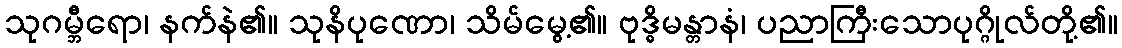
သုဂမ္ဘီရော၊ နက်နဲ၏။ သုနိပုဏော၊ သိမ်မွေ့၏။ ဗုဒ္ဓိမန္တာနံ၊ ပညာကြီးသောပုဂ္ဂိုလ်တို့၏။